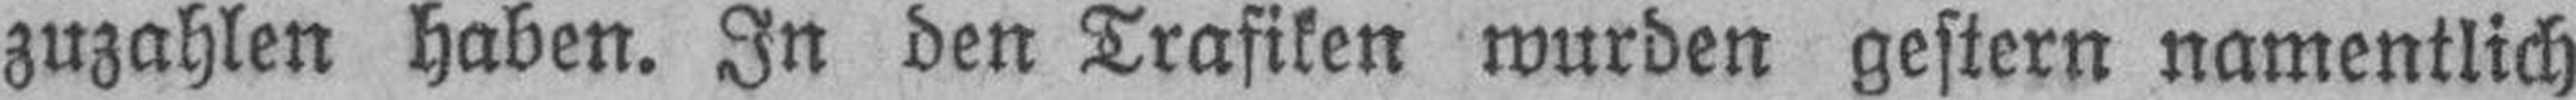
zuzahlen haben. In den Trafiken wurden gestern namentlich